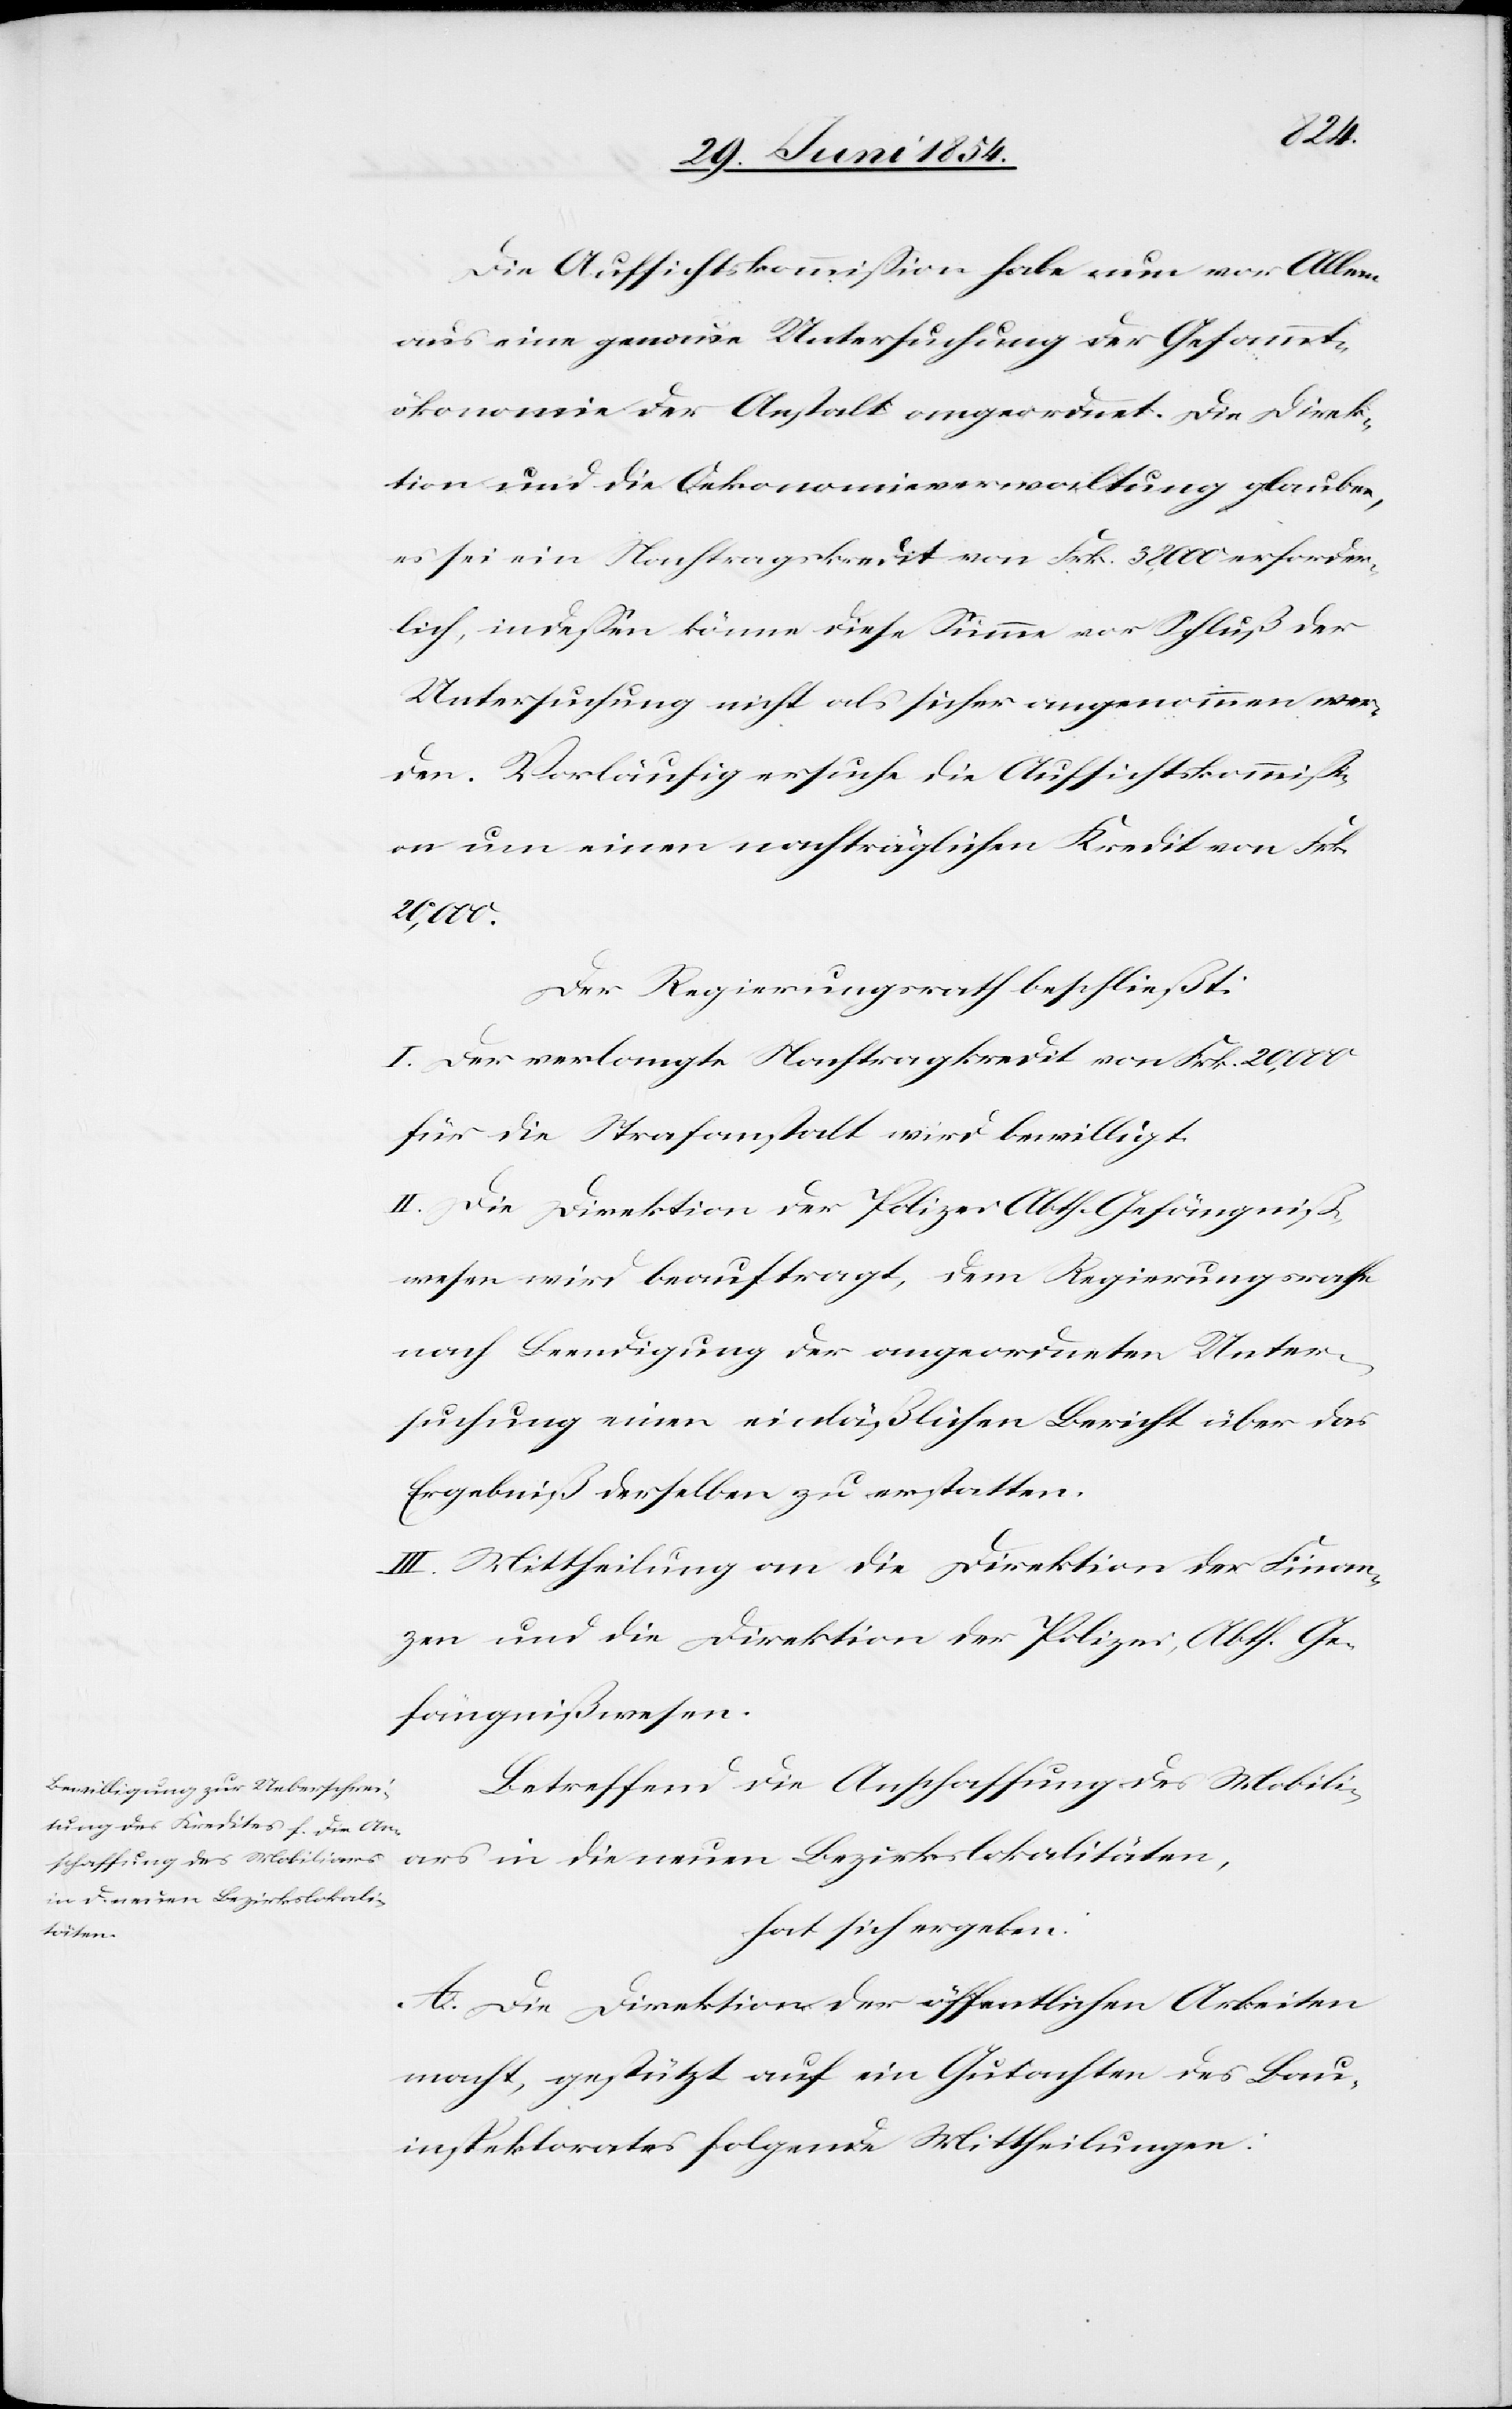
Die Aufsichtskommißion habe nun vor Allem
aus eine genaue Untersuchung der Gesammt¬
ökonomie der Anstalt angeordnet. Die Direk¬
tion und die Oekonomieverwaltung glauben,
es sei ein Nachtragskredit von Frk. 38,000 erforder¬
lich, indeßen könne diese Summe vor Schluß der
Untersuchung nicht als sicher angenommen wer¬
den. Vorläufig ersuche die Aufsichtskommißi¬
on um einen nachträglichen Kredit von Frk.
20,000.
Der Regierungsrath beschließt:
I. Der verlangte Nachtragkredit von Frk. 20,000
für die Strafanstalt wird bewilligt.
II. Die Direktion der Polizei Abth. Gefängniß¬
wesen wird beauftragt, dem Regierungsrathe
nach Beendigung der angeordneten Unter¬
suchung einen eidgenößischen Bericht über das
Ergebniß derselben zu erstatten.
III. Mittheilung an die Direktion der Finan¬
zen und die Direktion der Polizei, Abth. Ge¬
fängnißwesen.
Betreffend die Anschaffung des Mobili¬
ars in die neuen Bezirkslokalitäten,
hat sich ergeben:
A. Die Direktion der öffentlichen Arbeiten
macht, gestützt auf ein Gutachten des Bau¬
inspektorates folgende Mittheilungen: